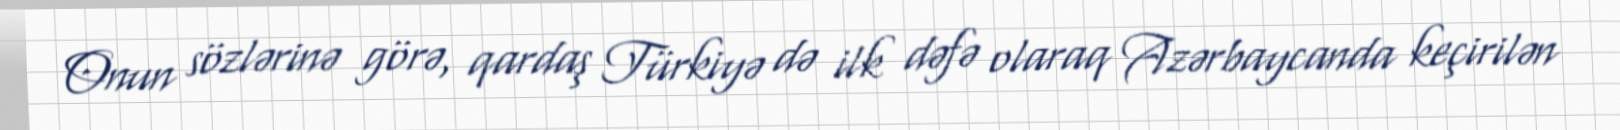
Onun sözlərinə görə, qardaş Türkiyə də ilk dəfə olaraq Azərbaycanda keçirilən